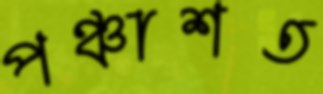
পঞ্চাশত